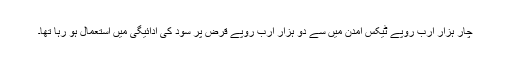
چار ہزار ارب روپے ٹیکس آمدن میں سے دو ہزار ارب روپے قرض پر سود کی ادائیگی میں استعمال ہو رہا تھا۔